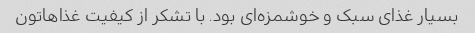
بسیار غذای سبک و خوشمزه‌ای بود. با تشکر از کیفیت غذاهاتون